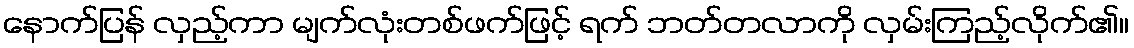
နောက်ပြန် လှည့်ကာ မျက်လုံးတစ်ဖက်ဖြင့် ရက် ဘတ်တလာကို လှမ်းကြည့်လိုက်၏။